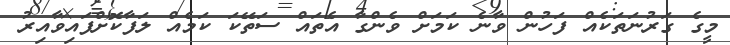
މީގެ ގަރުނަތަކެއް ފަހުން ވާނެ ކަމަށް ވެންގާ އެތައް ސަތޭކަ ކަމެއް ލަފާކޮށްފައިވާއިރު